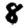
Digit: 8